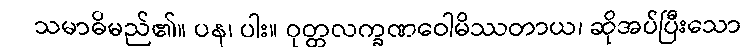
သမာဓိမည်၏။ ပန၊ ပါး။ ဝုတ္တလက္ခဏဝေါမိဿတာယ၊ ဆိုအပ်ပြီးသော